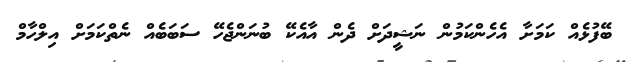
ބޭފުޅެއް ކަމަށާ އެހެންކަމުން ނަޝީދަށް ދެން އާއެކޭ ބުނަންޖެހޭ ސަބަބެއް ނެތްކަމަށް އިލްހާމް